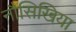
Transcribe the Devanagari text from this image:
नौसिखिया